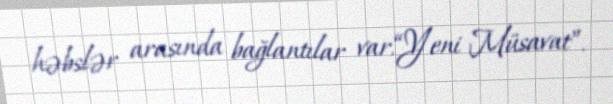
həbslər arasında bağlantılar var.“Yeni Müsavat”.